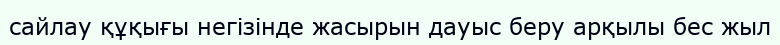
сайлау құқығы негізінде жасырын дауыс беру арқылы бес жыл